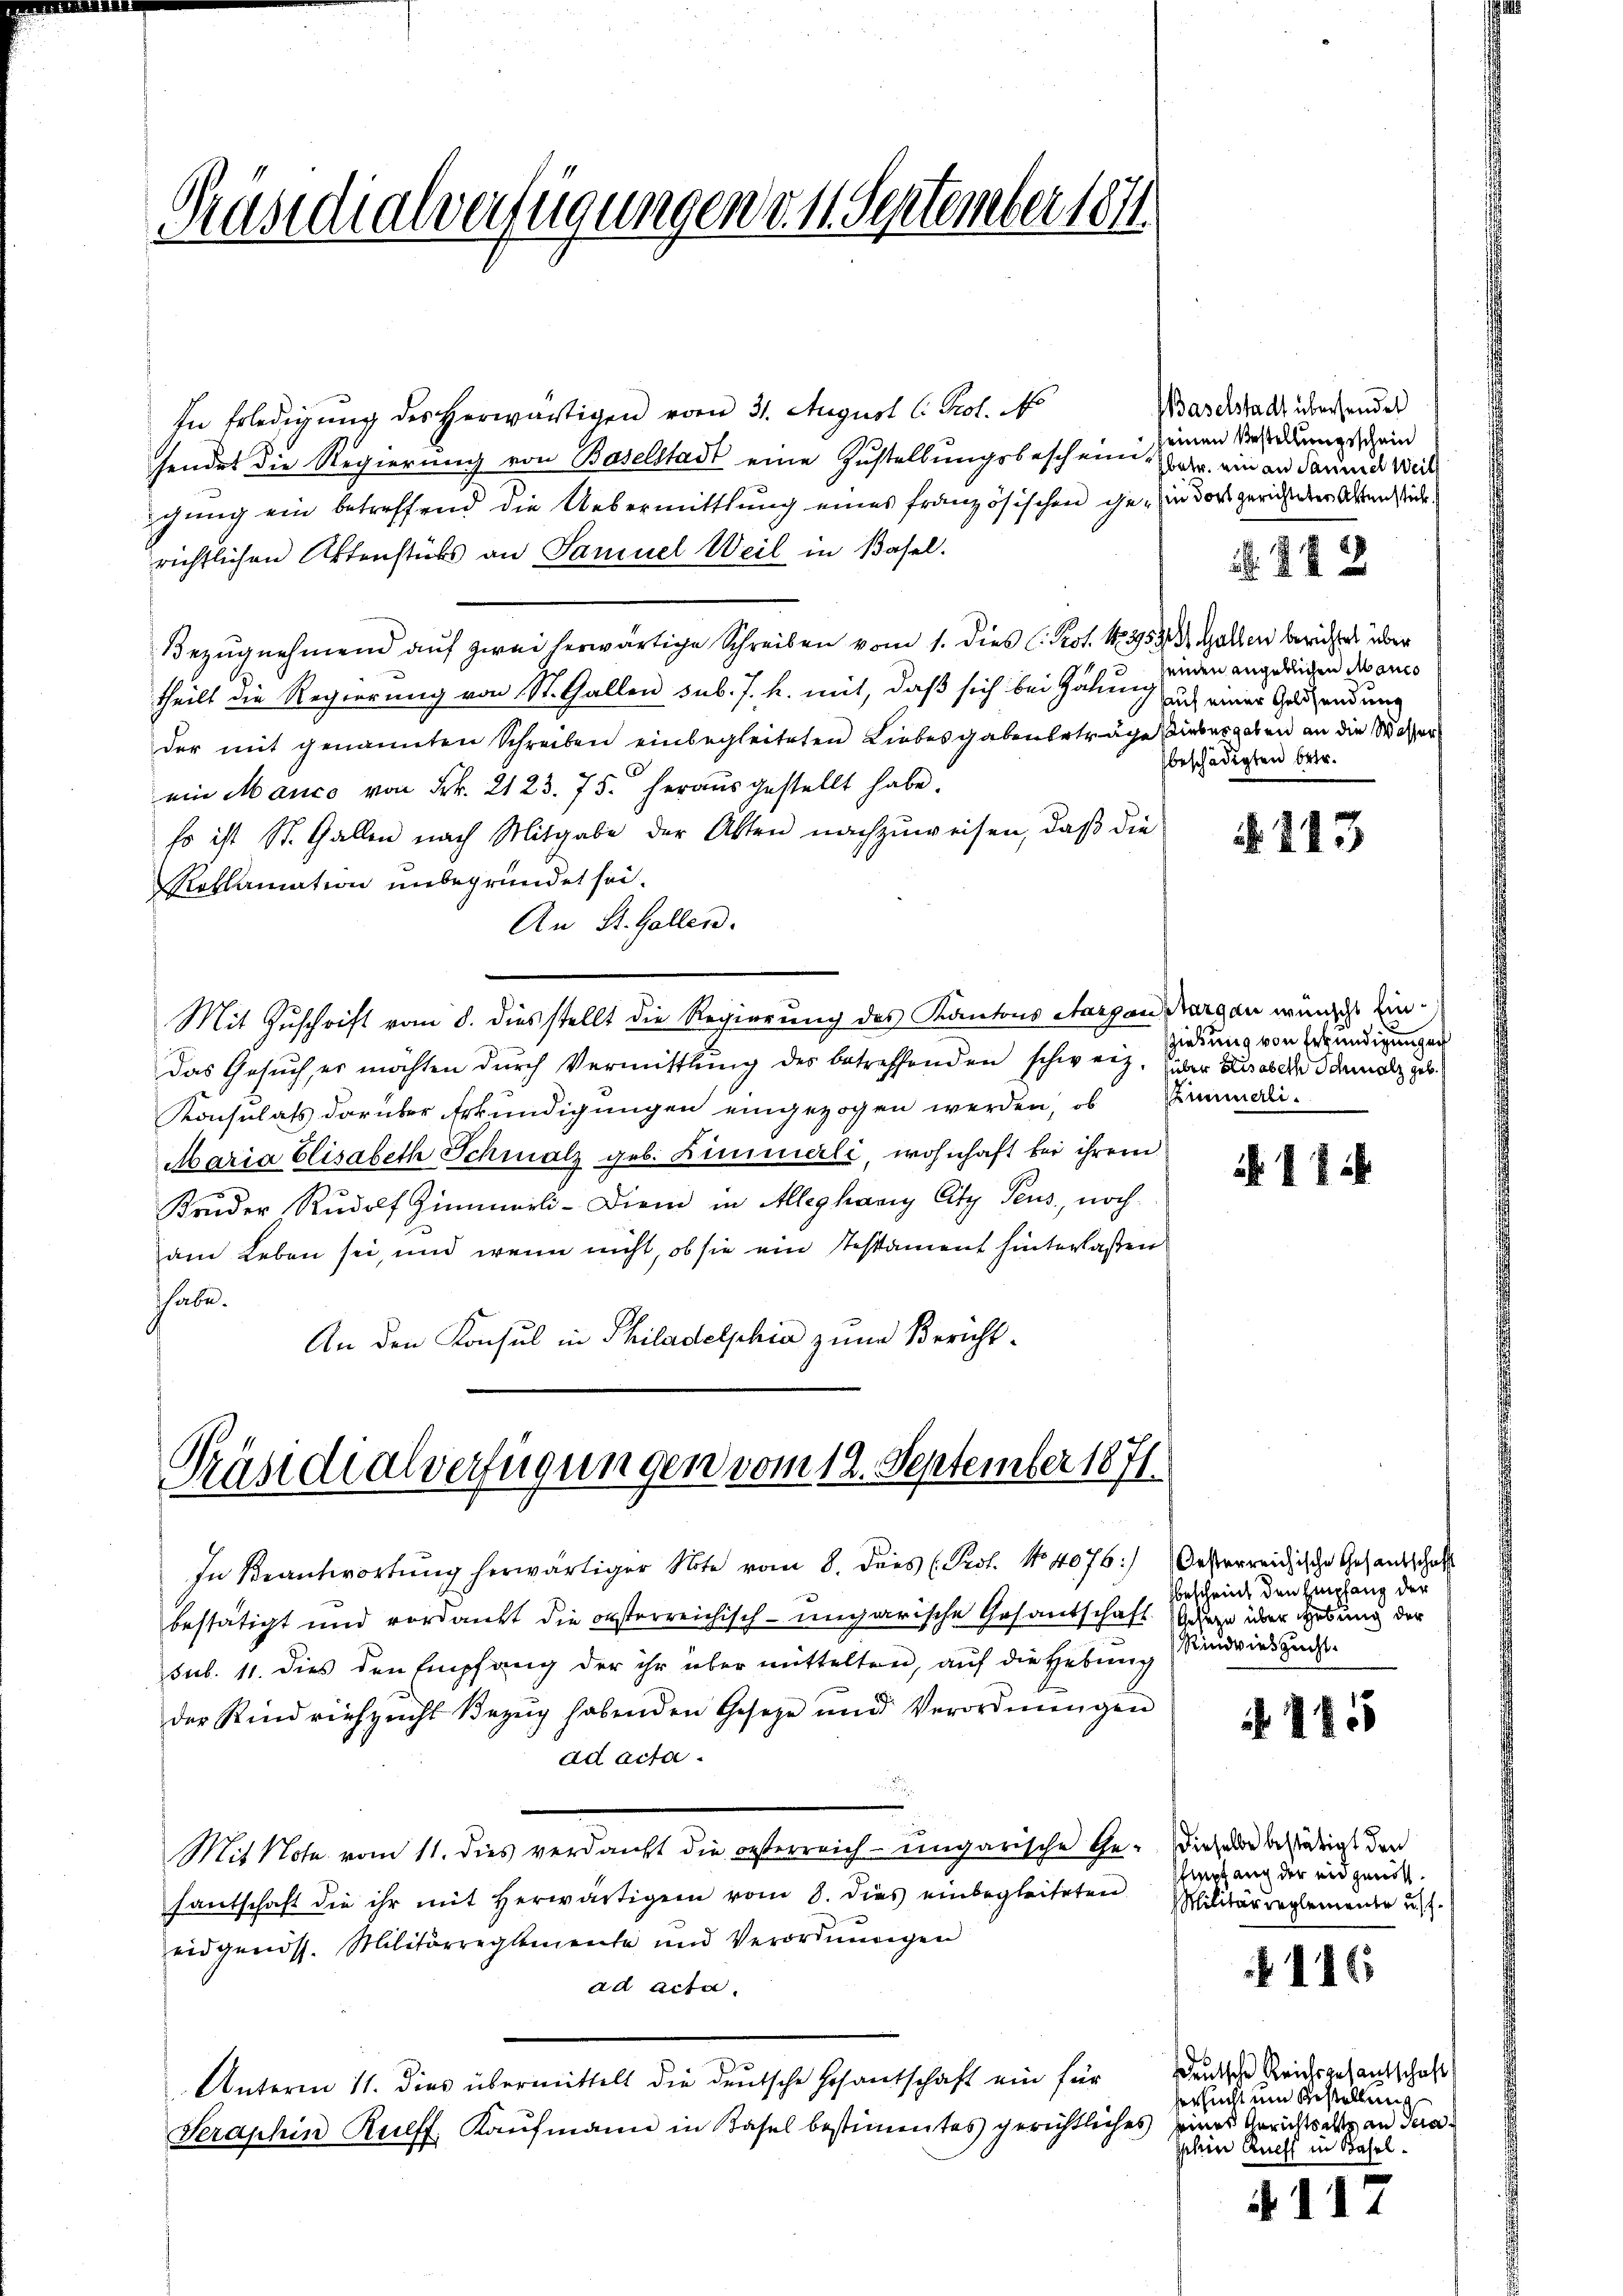
Präsidialverfügungen d. 11. September 1811.

In Erledigung des herwärtigen vom 31. August l. Prot. N
sendet die Regierung von Baselstadt eine Zustellungsbeschein Zarr. ein an darund Weil
gung ein betreffend die Uebermittlung eines französischen ihn in der gericher Abendstice.
richtlichen Aktenstücks an Samuel Weil in Basel.
Bezŭgnehmend auf zwei herwärtige Schreiben vom 1. dies C. Prot. 1839531. Gallen berichtet über
theilt die Regierung von St. Gallen sub. J. h. mit, daß sich bei Gähung ich einer Geldsendung
der mit genannten Schreiben einbegleiteten Liebesgabenbeträge siebergaben an die Wasser
ein Manco von Frk. 2123. 75. herausgestellt habe.
so ist St. Gallen nach Mitgabe der Akten nachzuweisen, daß die
Roklamation unbegründet sei.
An St. Gallen.
Mit Zuschrift vom 8. dies stellt die Regierung des Kantons Aargau dargen wünsche Ein¬
Das Gesŭch er möchten dŭrch Vermittlung des betreffenden schweiz. über dabei dann alz geb.
Konsulats darüber Erkundigungen eingezogen werden, ob Einmali¬
Maria Elisabeth Schmalz geb. Zimmerli, wohnhaft bei ihrem
Bruder Rudolf Zimmerli-Diem in Alleghany Cty Teus, noch
am Leben sei, und wenn nicht, ob sie ein Testament hinterlaßen
thabe.
An den Konsul in Philadelphia zum Bericht¬

Präsidialverfügungen vom 12. September 1871.

bestätigt und verdankt die orsterreichisch-ungarische Gesandschaft
sub. 11. dies den Empfang der ihr über mittelten, auf die Hebung
der Rindviehzucht Bezeig habenden Gesetze und Verordnungen
ad acta.
Mit Note vom 11. dies verdankt die oesterreich-ungarische Ge- Dieser bestätigt den
santschaft die ihr mit herwärtigen vom 8. dies einbegleiteten
eidgenöss. Militärreglemente und Verordnungen
ad acta.
Unterm 11. dies übermittelt die deutsche Gesantschaft ein für
Serashin Ruff, Kaufmann in Basel bestimmtes gerichtliches eines Gerichtsalts an dera

In Beantwortung herwärtiger Note vom 8. dies (Prof. No 4076:

Baselstadt übersendet
einen Bestellungsschein

.22

einden angeblichen Abanco
beschädigten betr.

213.

Ziehung von Erkundigungen

17

Oesterreichische Gesandschaft
bescheint den Empfang der
Gesetze über Hebung der
Rindvieszucht.

145

Empfang der eidgenoss.
Militärreglemente u. f.

4116

deutsche Reichsgesandtschaft
ersucht ein Bestellung
Ihin Ruch in Basel.

117